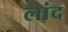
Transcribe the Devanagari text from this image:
लांद